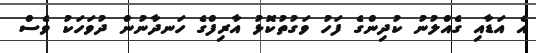
އެ އަޑާއި ގެއްލުނު ކުދިންގެ ފަހު ވަގުތުކޮޅު އާރިފްގެ ހަނދާނުން ދުވަހަކު ވެސް